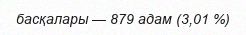
басқалары — 879 адам (3,01 %)